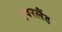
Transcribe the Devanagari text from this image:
एवरलैंड